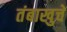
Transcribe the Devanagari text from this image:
तंबाखुचे